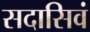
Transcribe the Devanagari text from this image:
सदासिवं